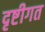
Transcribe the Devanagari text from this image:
दृष्टीगत